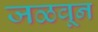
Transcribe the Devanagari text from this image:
जळवून